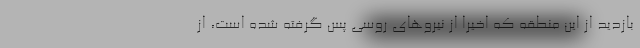
بازدید از این منطقه که اخیراً از نیروهای روسی پس گرفته شده است، از